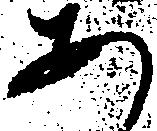
あ